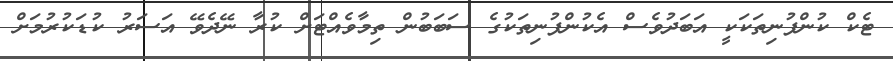
ޓެކް ކުންފުނިތަކަކީ އަބަދުވެސް އެކުންފުނިތަކުގެ ސަބަބުން ތިމާވެއްޓަށް ކުރާ ނޭދެވޭ އަސަރު ކުޑަކުރުމަށް